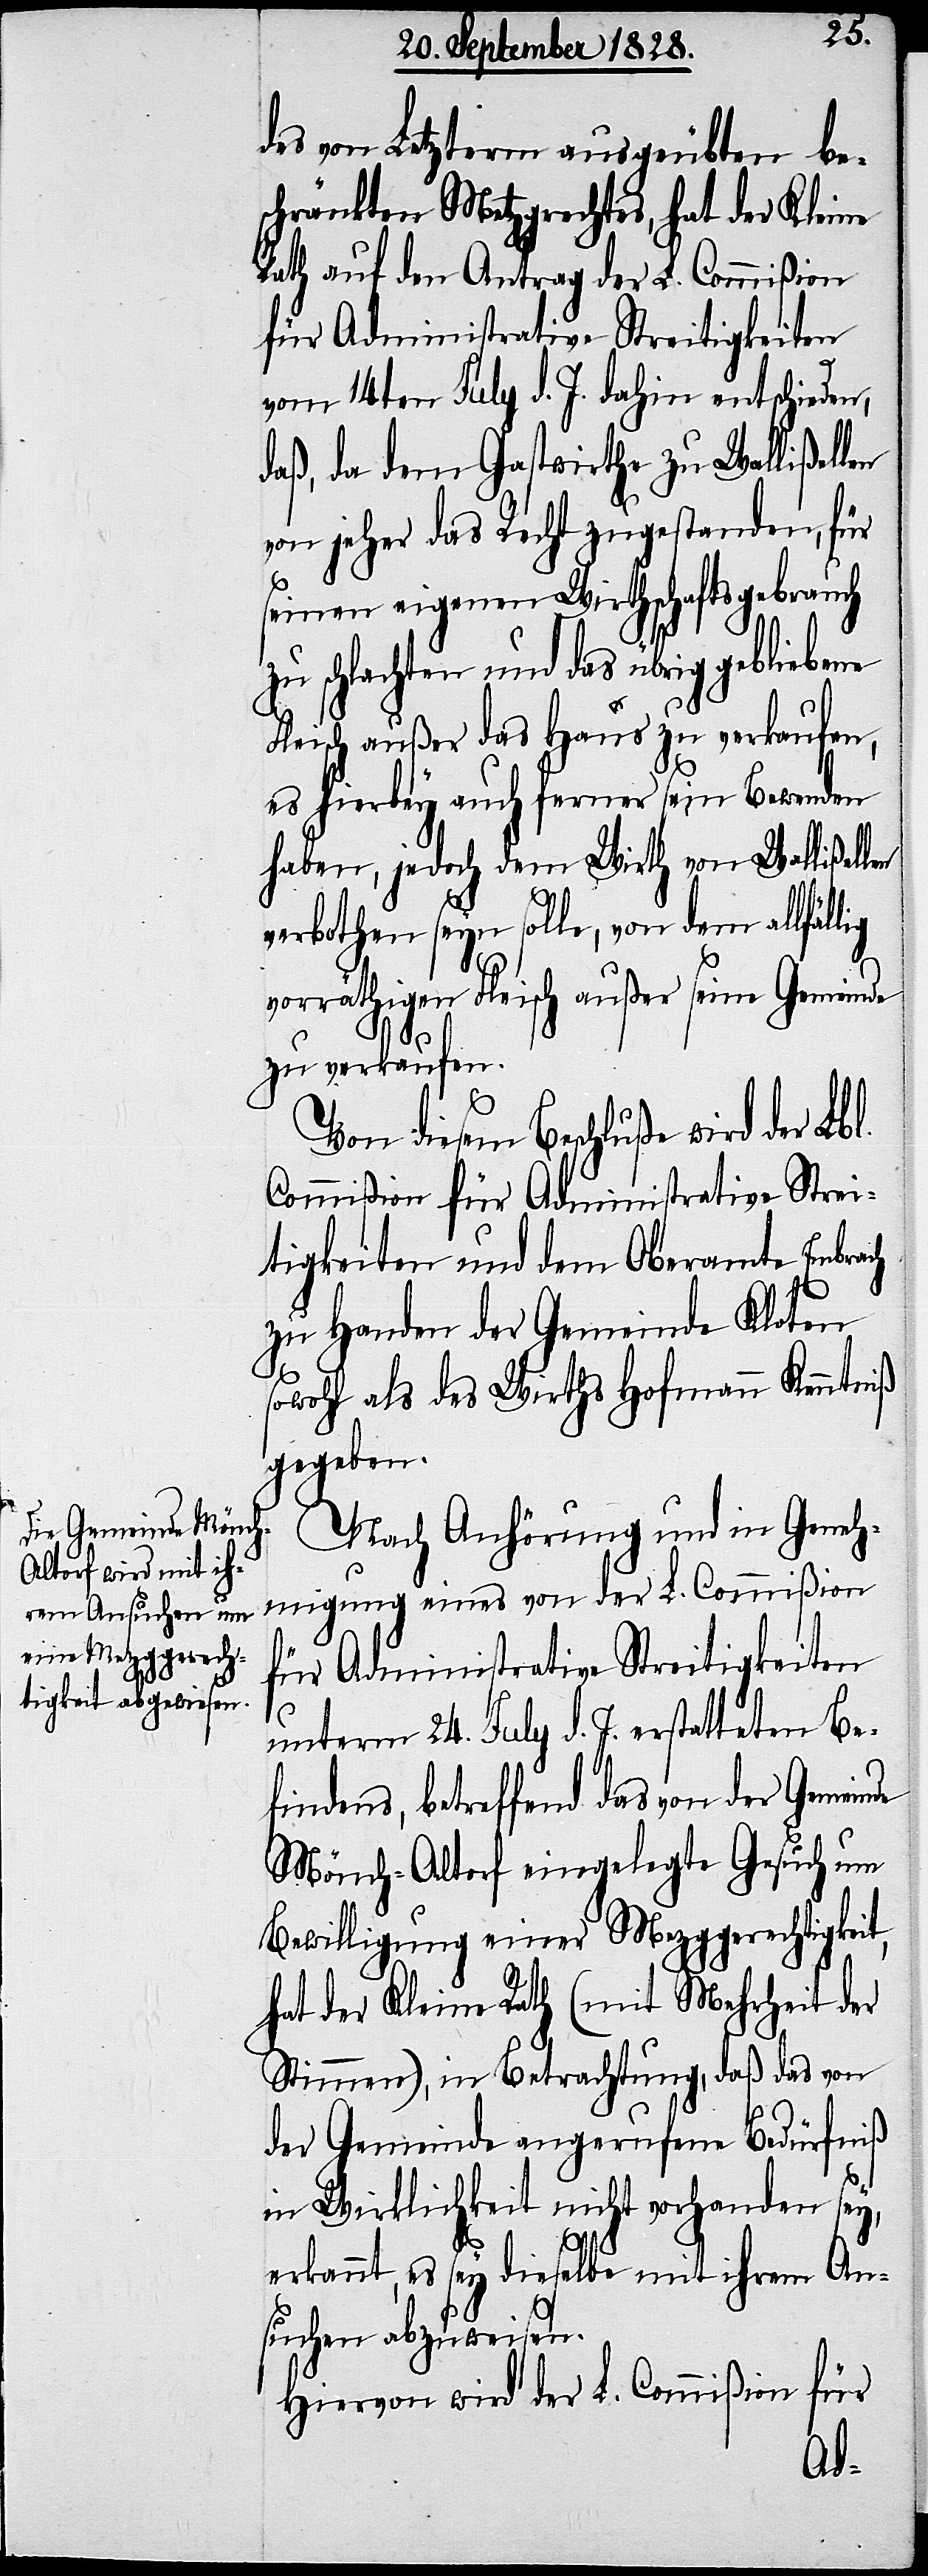
des von Letztern ausgeübten be¬
schränkten Metzgrechtes, hat der Kleine
Rath auf den Antrag der L. Commißion
für Administrative Streitigkeiten
vom 14ten July d. J. dahin entschieden,
daß, da dem Gastwirthe zu Wallißellen
von jeher das Recht zugestanden, für
seinen eigenen Wirtschaftsgebrauch
zu schlachten und das übrig gebliebene
Fleisch außer das Haus zu verkaufen,
es hierbey auch ferner sein Bewenden
haben, jedoch dem Wirth von Wallißellen
verbothen seyn solle, von dem allfäl¬
vorräthigen Fleisch außer seine Gemeinde
lig
zu verkaufen.
Von diesem Beschluße wird der Lb¬
Commißion für Administrative Strei¬
tigkeiten und dem Oberamte Embrach
l.
zu Handen der Gemeinde Kloten
sowohl als des Wirths Hofmann Kenntniß
gegeben.
Nach Anhörung und in Geneh¬
migung eines von der L. Commißion
für Administrative Streitigkeiten
unterm 24. July d. J. erstatteten Be¬
findens, betreffend das von der Gemeinde
Mönch-Altorf eingelegte Gesuch um
Bewilligung einer Mezggerechtigkeit,
hat der Kleine Rath (mit Mehrheit der
Stimmen), in Betrachtung, daß das von
der Gemeinde angerufene Bedürfniß
in Wirklichkeit nicht vorhanden sey,
erkannt, es sey dieselbe mit ihrem An¬
suchen abzuweisen.
Hiervon wird der L. Commißion für